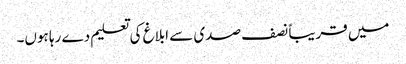
میں قریباً نصف صدی سے ابلاغ کی تعلیم دے رہا ہوں۔